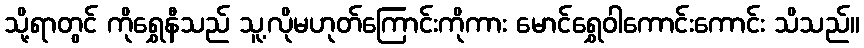
သို့ရာတွင် ကိုရွှေနီသည် သူ့လိုမဟုတ်ကြောင်းကိုကား မောင်ရွှေဝါကောင်းကောင်း သိသည်။